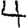
Digit: 4